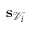
\mathbf { s } _ { \mathcal { V } _ { i } }